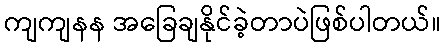
ကျကျနန အခြေချနိုင်ခဲ့တာပဲဖြစ်ပါတယ်။